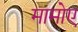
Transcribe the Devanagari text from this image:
मामोए